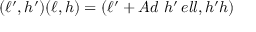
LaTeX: ( \ell ^ { \prime } , h ^ { \prime } ) ( \ell , h ) = ( \ell ^ { \prime } + A d \ h ^ { \prime } \, e l l , h ^ { \prime } h )